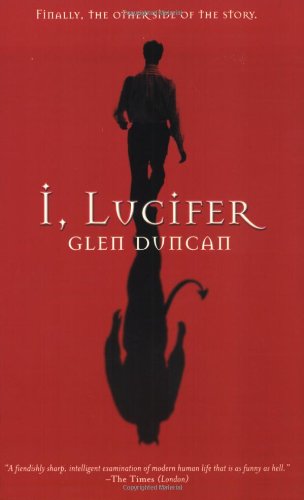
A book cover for I, Lucifer: Finally, the Other Side of the Story; Glen Duncan; Literature & Fiction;